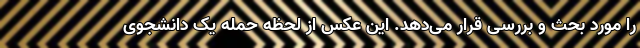
را مورد بحث و بررسی قرار می‌دهد. این عکس از لحظه حمله یک دانشجوی